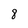
Character: 8